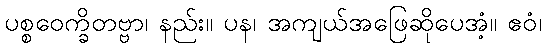
ပစ္စဝေက္ခိတဗ္ဗာ၊ နည်း။ ပန၊ အကျယ်အဖြေဆိုပေအံ့။ ဧဝံ၊